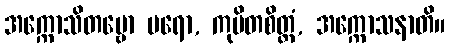
အက္ကောသိတဗ္ဗော ပရော, ကုပိတစိတ္တံ, အက္ကောသနာတိ။